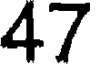
47